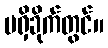
မရှိခိုက်တွင်။